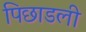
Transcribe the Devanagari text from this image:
पिछाडली